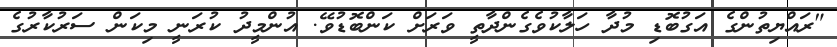
"ރައްޔިތުންގެ އަގުބޮޑި މުދާ ހަލާކުވެގެންދާތީ ވަރަށް ކަންބޮޑުވޭ. އުންމީދު ކުރަނީ މިކަން ސަރުކާރުގެ